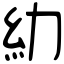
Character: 糼